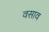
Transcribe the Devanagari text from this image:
वसाव